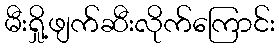
မီးရှို့ဖျက်ဆီးလိုက်ကြောင်း